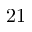
2 1